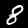
Digit: 8